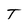
Character: T